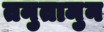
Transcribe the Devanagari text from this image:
तनुतामुन